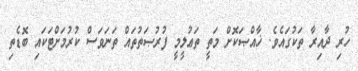
ހުރި ދާއިރާ ތަކުގައެވެ. ޚާއްޞަކޮށް މަތީ ތަޢުލީމީ ފުރުޞަތުތައް ތަނަވަސް ކުރުމަށްޓަކައި ބޮޑެތި